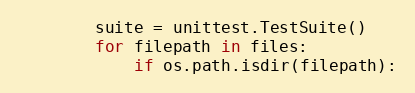
Language: Python
        suite = unittest.TestSuite()
        for filepath in files:
            if os.path.isdir(filepath):